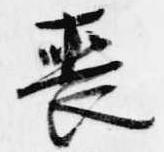
喪